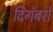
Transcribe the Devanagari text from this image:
दिगंबरों